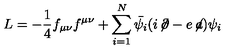
L = - \frac { 1 } { 4 } f _ { \mu \nu } f ^ { \mu \nu } + \sum _ { i = 1 } ^ { N } \bar { \psi _ { i } } ( i \! \not \! \partial - e \! \not \! a ) \psi _ { i }